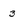
Character: 3